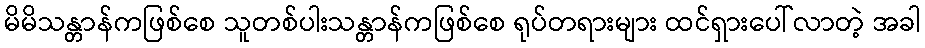
မိမိသန္တာန်ကဖြစ်စေ သူတစ်ပါးသန္တာန်ကဖြစ်စေ ရုပ်တရားများ ထင်ရှားပေါ်လာတဲ့ အခါ